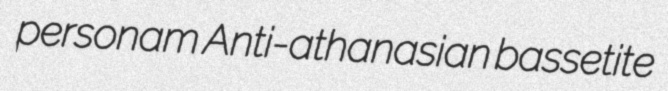
personam Anti-athanasian bassetite